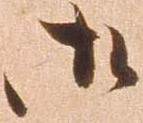
御